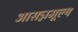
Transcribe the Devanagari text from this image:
आसन्नमूल्य